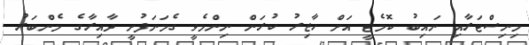
މިނިސްޓަރާއި ނައިބު ކޮމެޓީ އަށް ހާޒިރު ކުރަން ނިންމެވީ ގެމަނަފުށީ ދާއިރާގެ މެންބަރު